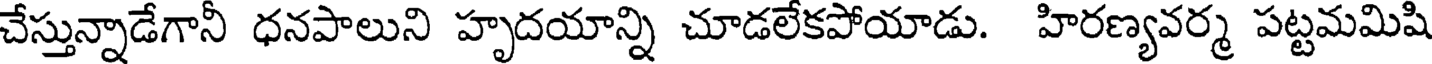
చేస్తున్నాడేగానీ ధనపాలుని హృదయాన్ని చూడలేకపోయాడు. హిరణ్యవర్మ పట్టమమిషి